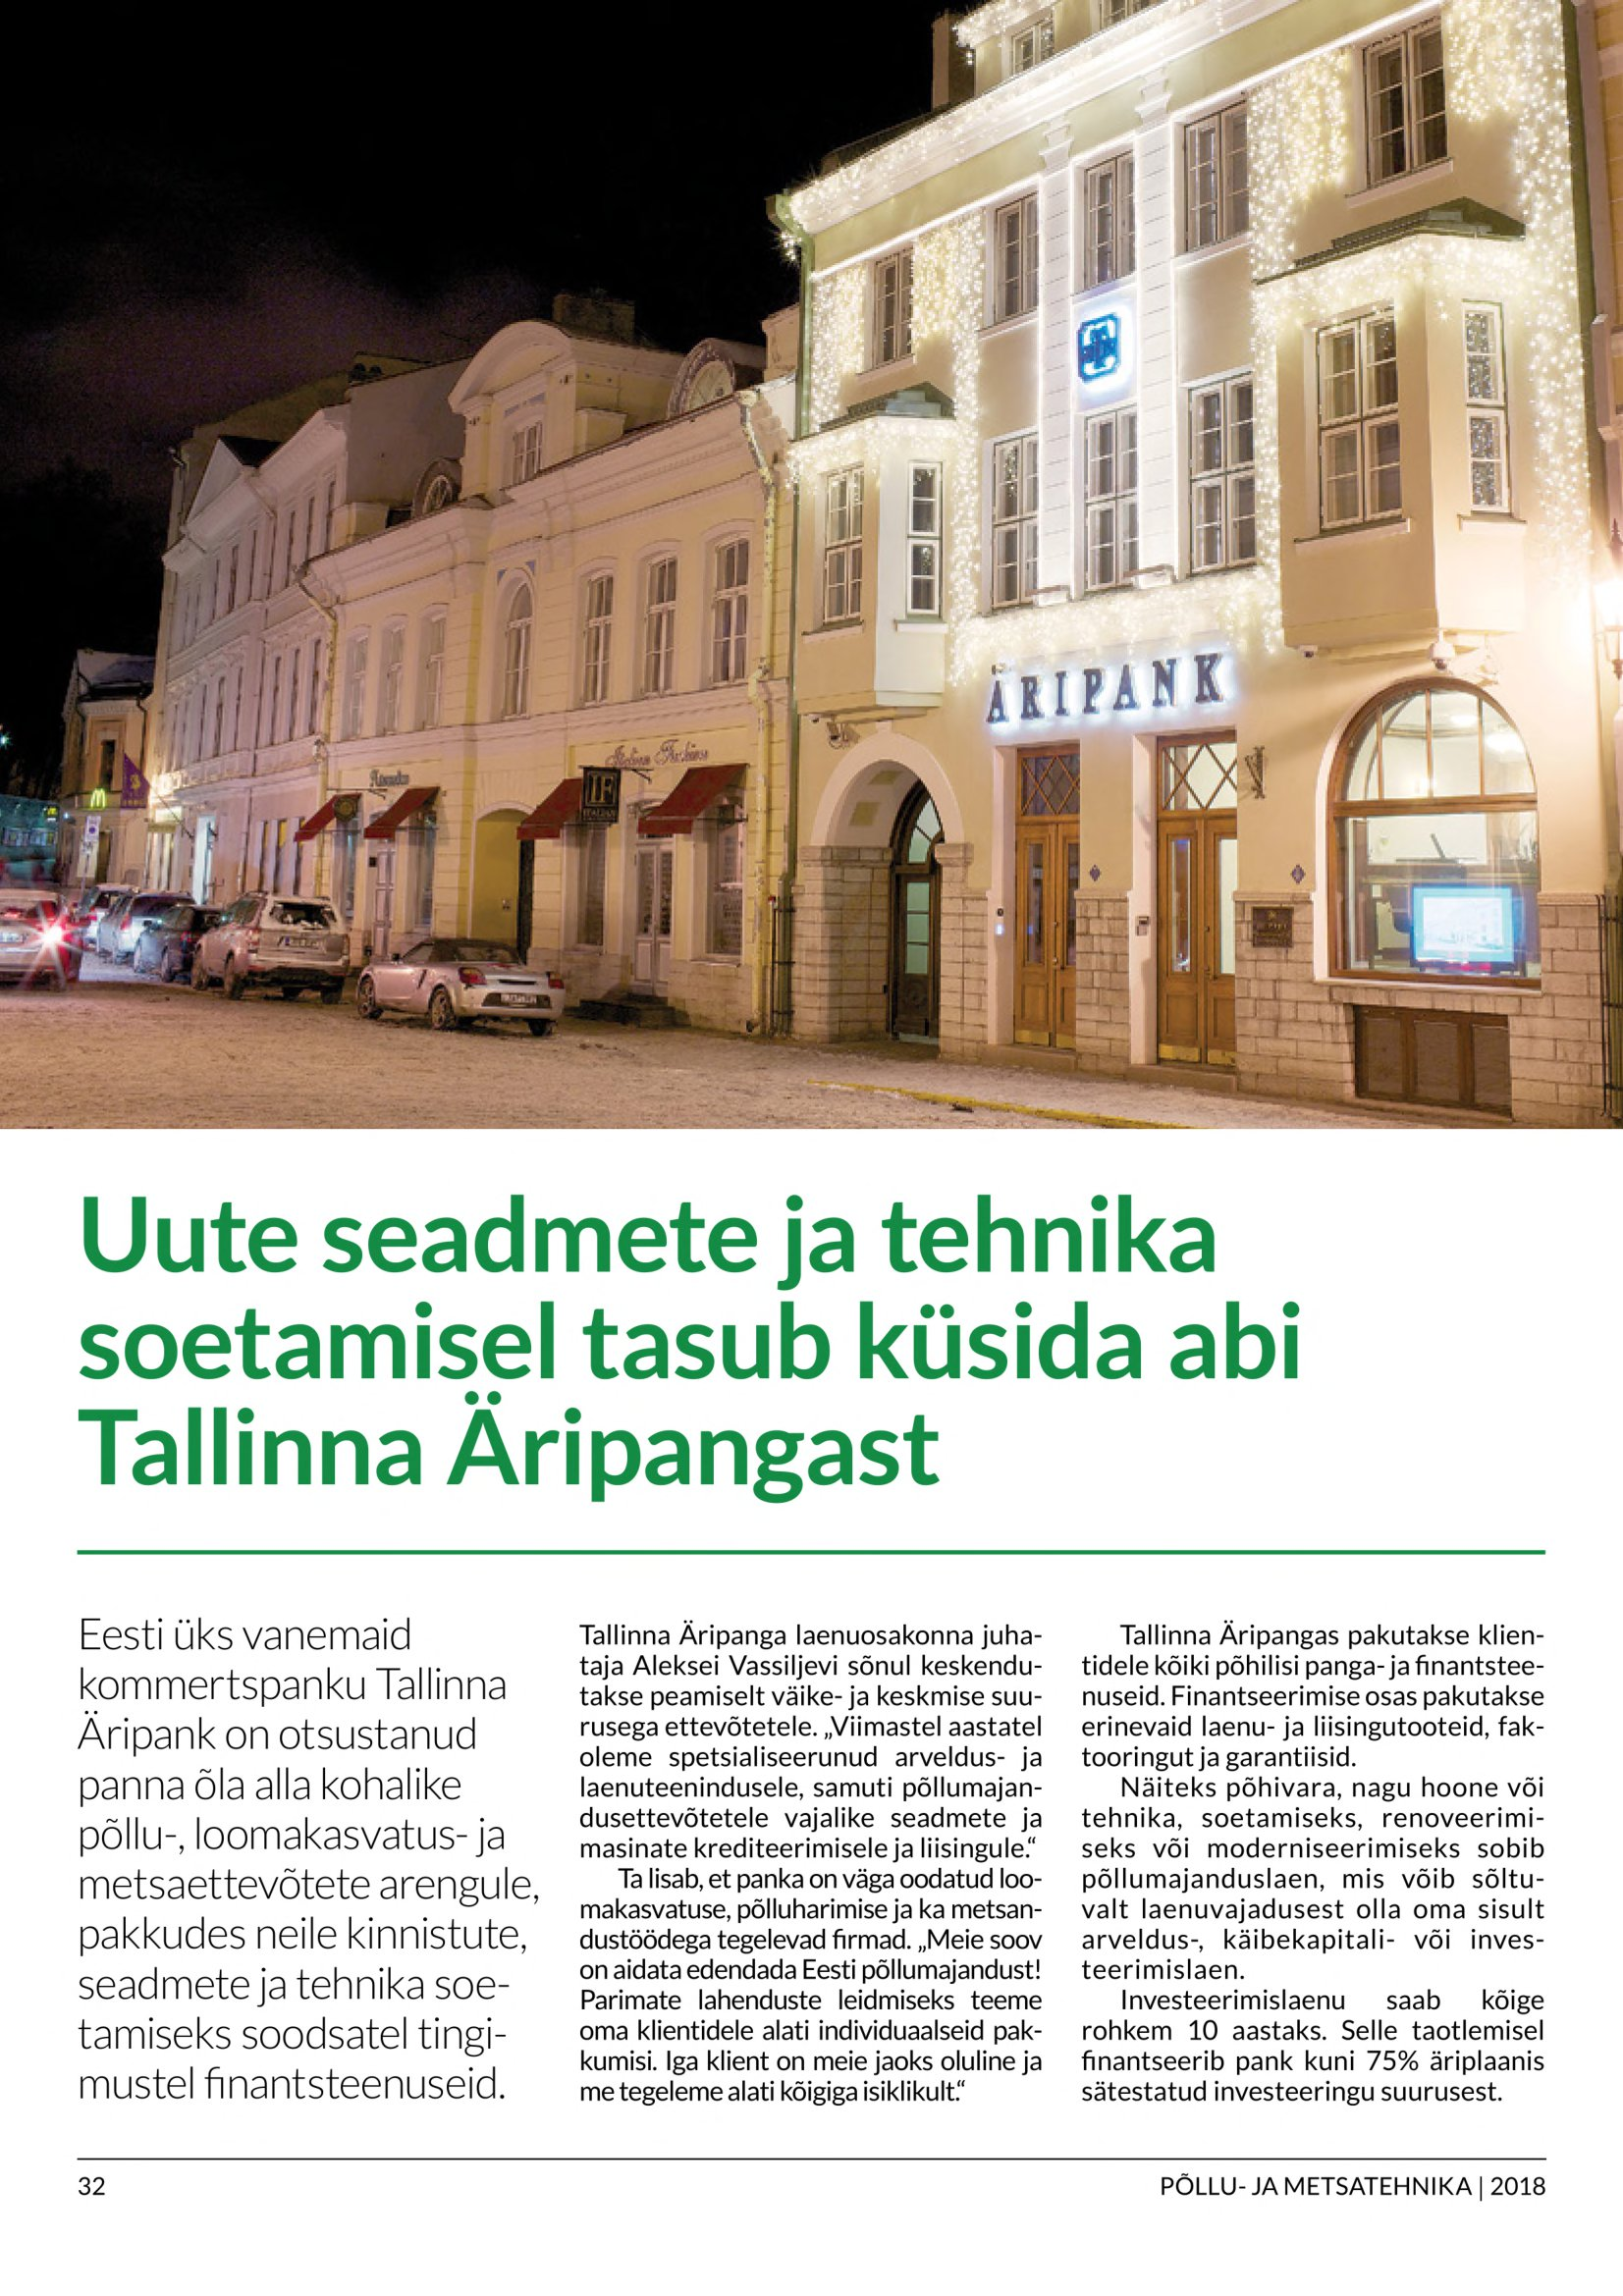
Language: et